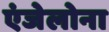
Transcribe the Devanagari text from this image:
एंजेलोना